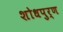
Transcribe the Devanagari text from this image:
शोधपुर्ण